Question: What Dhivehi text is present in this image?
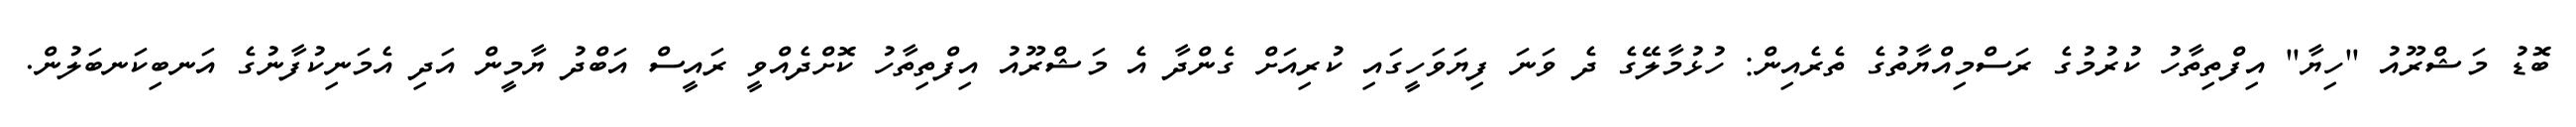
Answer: ބޮޑު މަޝްރޫއު "ހިޔާ" އިފްތިތާހު ކުރުމުގެ ރަސްމިއްޔާތުގެ ތެރެއިން: ހުޅުމާލޭގެ ދެ ވަނަ ފިޔަވަހީގައި ކުރިއަށް ގެންދާ އެ މަޝްރޫއު އިފްތިތާހު ކޮށްދެއްވީ ރައީސް އަބްދު ޔާމީން އަދި އެމަނިކުފާނުގެ އަނބިކަނބަލުން.